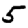
Digit: 5